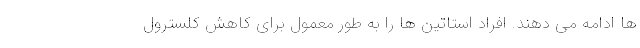
ها ادامه می دهند. افراد استاتین ها را به طور معمول برای کاهش کلسترول